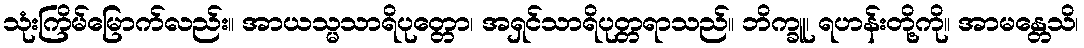
သုံးကြိမ်မြောက်လည်း။ အာယသ္မသာရိပုတ္တော၊ အရှင်သာရိပုတ္တရာသည်။ ဘိက္ခူ၊ ရဟန်းတို့ကို။ အာမန္တေသိ၊